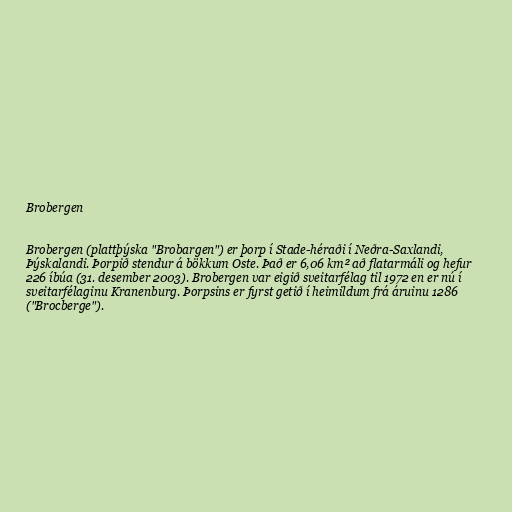
Brobergen

Brobergen (plattþýska "Brobargen") er þorp í Stade-héraði í Neðra-Saxlandi,
Þýskalandi. Þorpið stendur á bökkum Oste. Það er 6,06 km² að flatarmáli og hefur
226 íbúa (31. desember 2003). Brobergen var eigið sveitarfélag til 1972 en er nú í
sveitarfélaginu Kranenburg. Þorpsins er fyrst getið í heimildum frá áruinu 1286
("Brocberge").